Document type: Dowry acquittance
Year: 1427
Scribe: Pere Tarafa
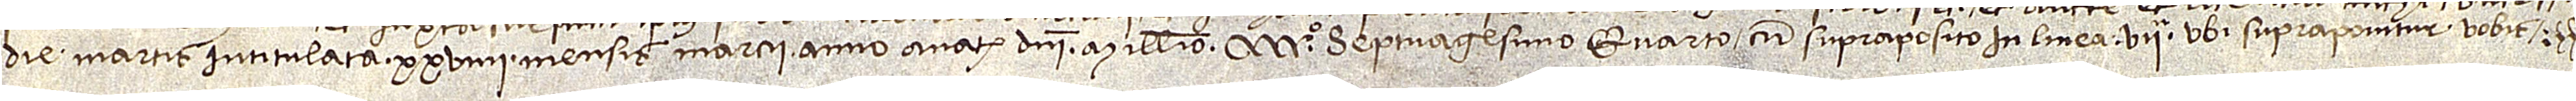
die martis intitulata XXVIIII mensis marcii, anno a Nativitate Domini millesimo CCCCº septuagesimo quarto, cum supraposito in linea VIIª, ubi supraponitur “vobis”.